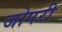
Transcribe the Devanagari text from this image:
जोपरी